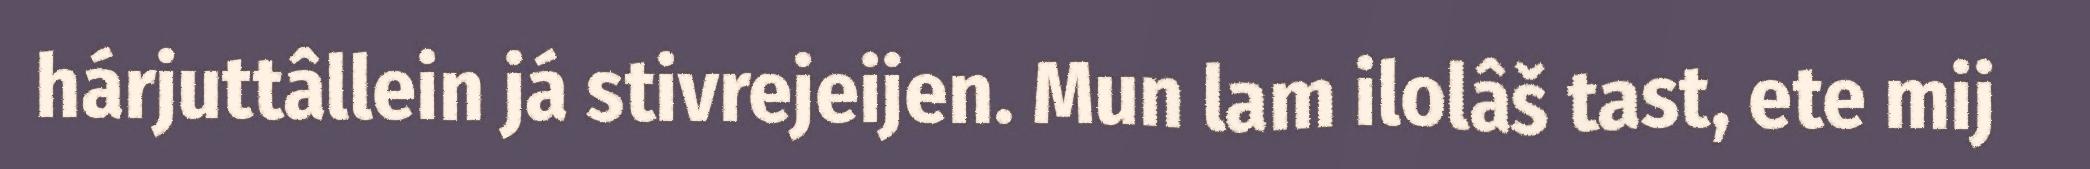
hárjuttâllein já stivrejeijen. Mun lam ilolâš tast, ete mij